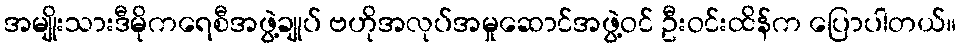
အမျိုးသားဒီမိုကရေစီအဖွဲ့ချုပ် ဗဟိုအလုပ်အမှုဆောင်အဖွဲ့ဝင် ဦးဝင်းထိန်က ပြောပါတယ်။